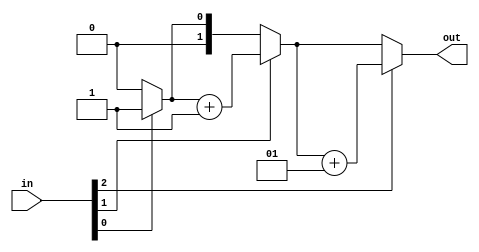
module top_module( 
    input [2:0] in,
    output [1:0] out );
    integer count,i;
    always @(*)
    begin
        count=0;
        for(i=0;i<3;i=i+1)
            begin
                if(in[i]==1'b1)
                    count=count+1;
            end
    end
    assign out=count;

endmodule